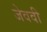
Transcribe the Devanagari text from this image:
जेववी